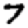
Digit: 7